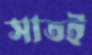
সাতই